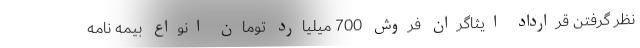
نظر گرفتن قرارداد ایثاگران فروش 700 میلیارد تومان انواع بیمه نامه